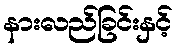
နားလည်ခြင်းနှင့်